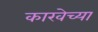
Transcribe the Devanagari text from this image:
काखेच्या